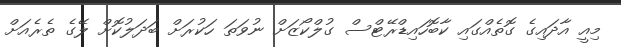
މިއީ އާދައިގެ ގޮތެއްގައި ކާބޮހައިޑްރޭޓްސް ގުލްކޯޒަށް ނުވަތަ ހަކުރަށް ބަދަލުކޮށް ލޭގެ ތެރެއަށް